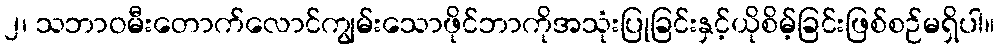
၂၊ သဘာဝမီးတောက်လောင်ကျွမ်းသောဖိုင်ဘာကိုအသုံးပြုခြင်းနှင့်ယိုစိမ့်ခြင်းဖြစ်စဉ်မရှိပါ။